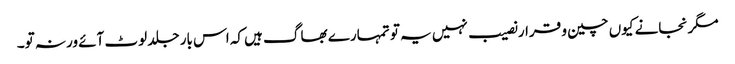
مگر نجانے کیوں چین و قرار نصیب نہیں یہ تو تمہارے بھاگ ہیں کہ اس بار جلد لوٹ آئے ورنہ تو۔